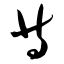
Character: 等